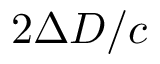
2 \Delta D / c